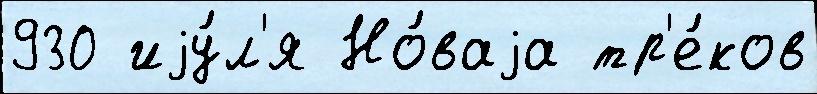
930 иjу́л'я Но́ваjа тр'е́ков